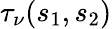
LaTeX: \tau_{\nu}(s_{1},s_{2})